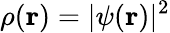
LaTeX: \rho({\mathbf r})=|\psi({\mathbf r})|^{2}